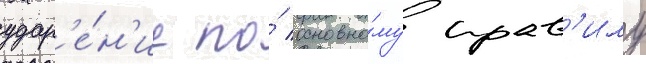
удар'е́н'ие по́ основно́му прав'илу